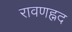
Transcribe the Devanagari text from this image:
रावणह्नद